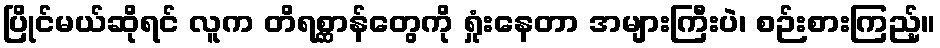
ပြိုင်မယ်ဆိုရင် လူက တိရစ္ဆာန်တွေကို ရှုံးနေတာ အများကြီးပဲ၊ စဉ်းစားကြည့်။